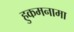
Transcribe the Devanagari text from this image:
हुकमनामा